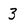
Character: 3